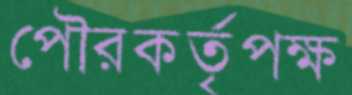
পৌরকর্তৃপক্ষ